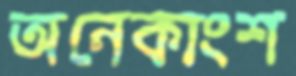
অনেকাংশ